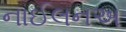
નાઈલનઅ